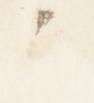
之